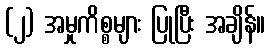
(၂) အမှုကိစ္စများ ပြုပြီး အချိန်။